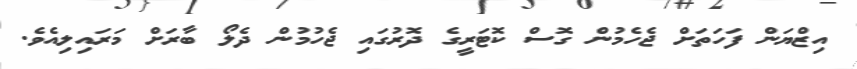
އިޒްޔަން ފަހަތަށް ޖެހެމުން ގޮސް ކޮޓަރީގެ ދޮރުގައި ޖެހުމުން ދެލޯ ބާރަށް މަރައިލިއެވެ.